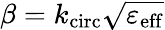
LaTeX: \beta=k_{\mathrm{circ}}\sqrt{\varepsilon_{\mathrm{eff}}}